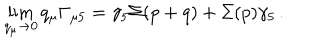
\lim _ { q _ { \mu } \rightarrow 0 } q _ { \mu } \Gamma _ { \mu 5 } = \gamma _ { 5 } \Sigma ( p + q ) + \Sigma ( p ) \gamma _ { 5 } \, .